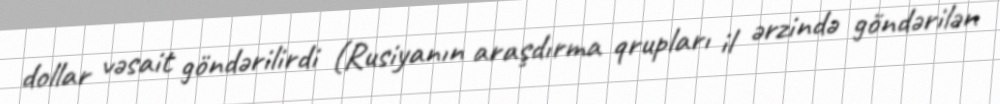
dollar vəsait göndərilirdi (Rusiyanın araşdırma qrupları il ərzində göndərilən